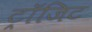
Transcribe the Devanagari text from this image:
ट्रॉजिट